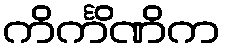
ကိင်္ကိဏိက